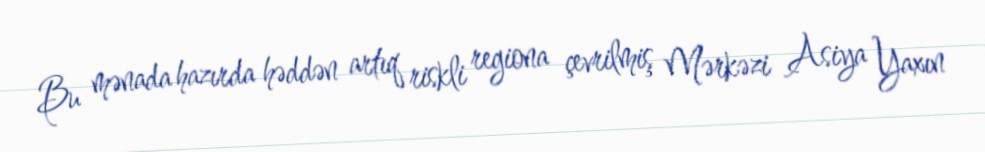
Bu mənada hazırda həddən artıq riskli regiona çevrilmiş Mərkəzi Asiya Yaxın